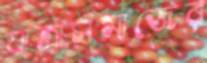
যাত্রাসমাজের